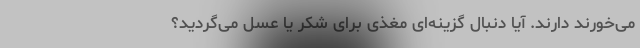
می‌خورند دارند. آیا دنبال گزینه‌ای مغذی برای شکر یا عسل می‌گردید؟